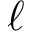
\ell